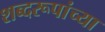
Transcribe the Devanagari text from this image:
शब्दरूपांच्या